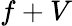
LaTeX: f+V